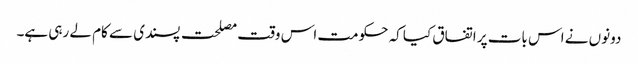
دونوں نے اس بات پر اتفاق کیا کہ حکومت اس وقت مصلحت پسندی سے کام لے رہی ہے۔